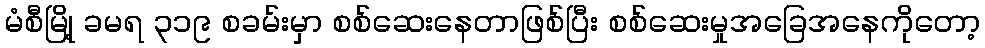
မံစီမြို့ ခမရ ၃၁၉ စခမ်းမှာ စစ်ဆေးနေတာဖြစ်ပြီး စစ်ဆေးမှုအခြေအနေကိုတော့